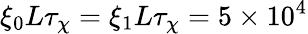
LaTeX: \xi_{0}L\tau_{\chi}=\xi_{1}L\tau_{\chi}=5\times 10^{4}